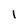
Character: 1